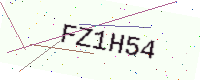
Text: FZ1H54